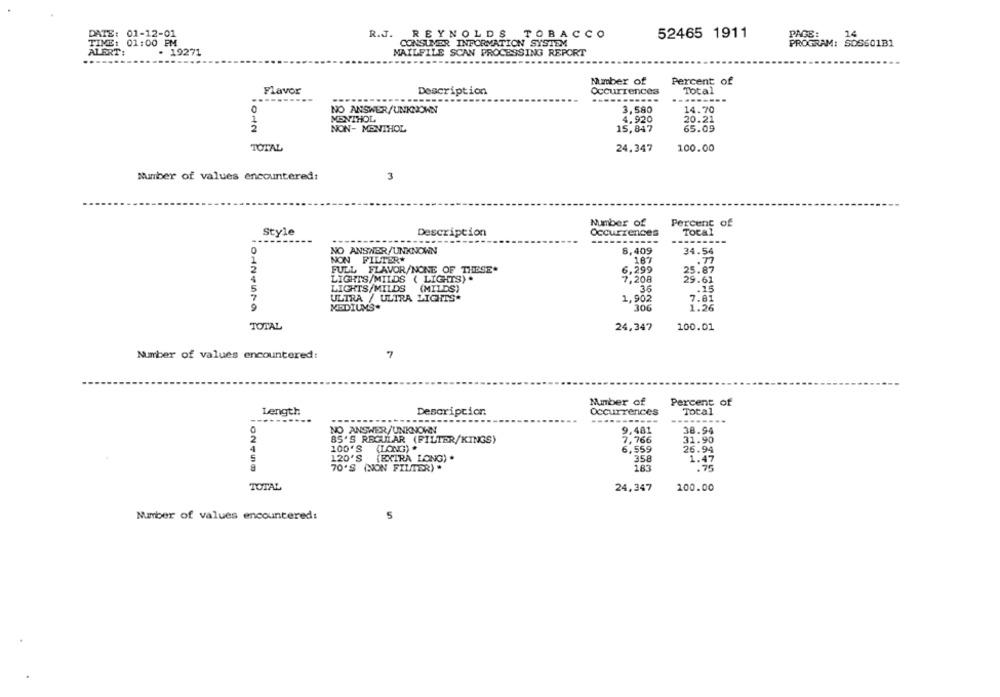
DATE: 01-12-01
R.J. REYNOLDS TOBACCO
52465 1911
PAGE:
14
CONSUMER INFORMATION SYSTEM
TIME: 01:00 PM
PROGRAM: SOS601B1
ALERT:
- 19271
MAILFILE SCAN PROCESSING REPORT
Mmber of
Percent of
Flavor
Description
Occurrences
Total
-...
NO ANSWER/UNKNOWN
3,580
14.70
MENTHOL
4,920
20.21
1012
NON- MENTHOL
15,847
65.09
TOTAL
24,347
100.00
Number of values encountered:
3
Number of
Percent of
Style
Description
Occurrences
Total
----
NO ANSWER/UNKNOWN
8,409
34.54
NON FILTERW
167
.77
FULL FLAVOR/NONE OF THESE.
6,299
25.87
LIGHTS/MILDS ( LIGHTS) .
7,208
29.61
LIGHTS/MILDS
(MILDS)
3.6
.. 15
ULTRA / ULTRA LIGHTS.
1,902
7.81
306
1.26
MEDIUMS*
TOTAL
24,347
100.01
Marber of values encountered:
Number of
Percent of
Length
Description
Occurrences
Total
-
------
---
NO ANSWER/UNKNOWN
9.481
38.94
7,766
31.90
85'S REGULAR (FILTER/KINGS)
100'S
"(LONG) .
6,559
25.94
120'S
{EXTRA LONG) .
358
183
:75
70'S (NON FILTER) .
TOTAL
24,347
100.00
Number of values encountered:
5